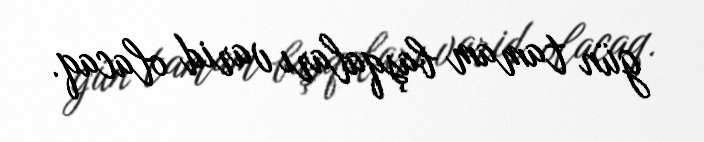
gün tamam başqaları varid olacaq.